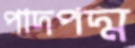
পাদপদ্ম